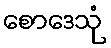
စောဒေသုံ